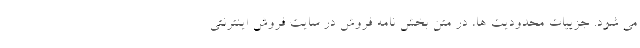
می شود. جزییات محدودیت ها، در متن بخش نامه فروش در سایت فروش اینترنتی